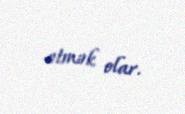
etmək olar.